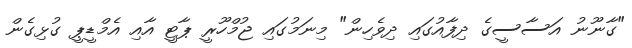
"ގާނޫނު އަސާސީގެ ދިފާއުގައި ދިވެހިން" މިނަމުގައި ޖުމްހޫރީ ޕާޓީ އާއި އެމްޑީޕީ ގުޅިގެން